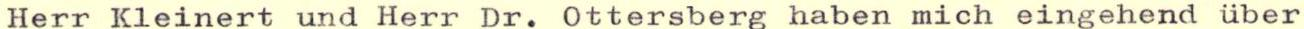
Herr Kleinert und Herr Dr. Ottersberg haben mich eingehend über